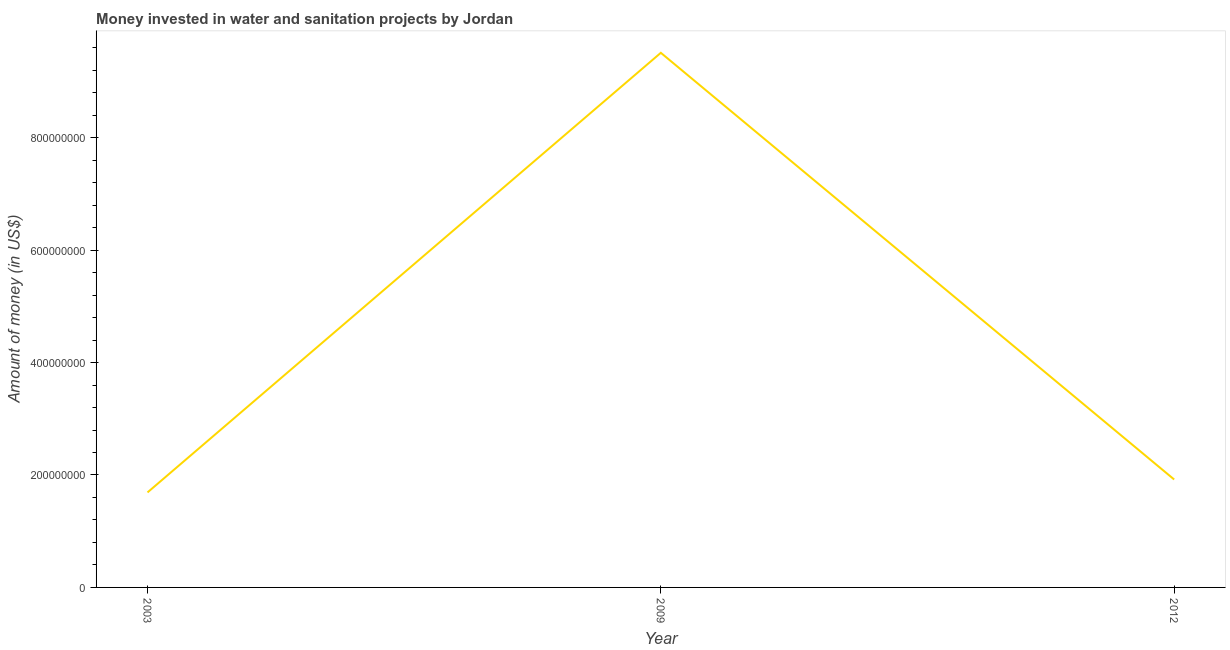
| Year | Investment |
 | --- | --- |
 | 2003 | 1.69e+08 |
 | 2009 | 9.51e+08 |
 | 2012 | 1.92e+08 |